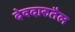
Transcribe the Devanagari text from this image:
देवदारुतैल